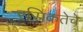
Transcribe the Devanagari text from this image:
रसिकतेचे